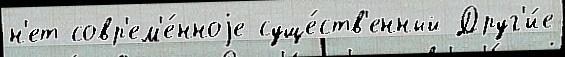
н'ет совр'ем'е́нноjе суще́ств'енный Друг'и́е